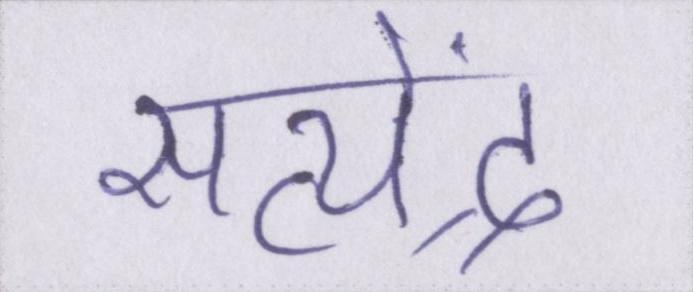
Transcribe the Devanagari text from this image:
सत्येंद्र